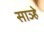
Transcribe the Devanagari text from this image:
साञ्हे